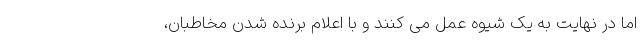
اما در نهایت به یک شیوه عمل می کنند و با اعلام برنده شدن مخاطبان،